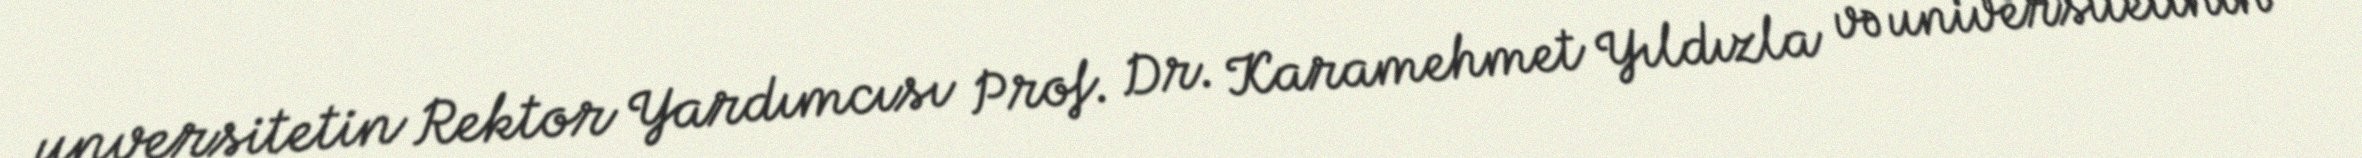
unversitetin Rektor Yardımcısı Prof. Dr. Karamehmet Yıldızla və universitetinin